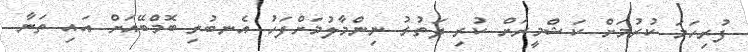
ފުރިހަމަ ކުރުމަށް ކަޝްމީރަށް ކުރި ދަތުރު ނިންމާލުމަށްފަހު އެނބުރި ބޮމްބޭއަށް އައި ތަނާ